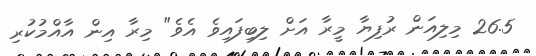
26.5 މިލިއަން ރުފިޔާ މީރާ އަށް ލިބިފައިވެ އެވެ" މިރާ އިން އާއްމުކުރި